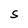
Character: S